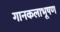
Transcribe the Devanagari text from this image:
गानकलाभूषण